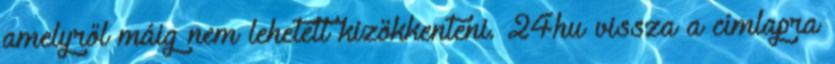
amelyről máig nem lehetett kizökkenteni. 24hu vissza a címlapra